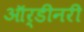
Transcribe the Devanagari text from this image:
ऑर्डीनरी